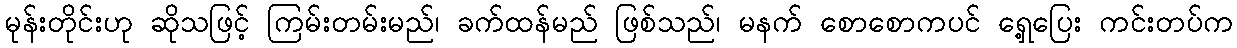
မုန်းတိုင်းဟု ဆိုသဖြင့် ကြမ်းတမ်းမည်၊ ခက်ထန်မည် ဖြစ်သည်၊ မနက် စောစောကပင် ရှေ့ပြေး ကင်းတပ်က